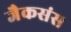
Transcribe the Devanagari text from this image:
जैकसंस